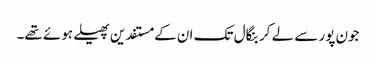
جون پور سے لے کر بنگال تک ان کے مستفدین پھیلے ہوئے تھے۔